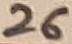
Text: 26